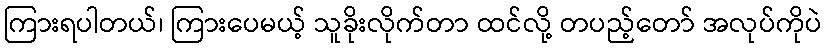
ကြားရပါတယ်၊ ကြားပေမယ့် သူခိုးလိုက်တာ ထင်လို့ တပည့်တော် အလုပ်ကိုပဲ